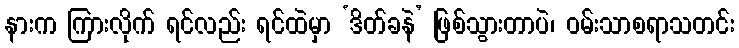
နားက ကြားလိုက် ရင်လည်း ရင်ထဲမှာ ‘ဒိတ်ခနဲ’ ဖြစ်သွားတာပဲ၊ ဝမ်းသာစရာသတင်း